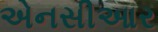
એનસીઆર